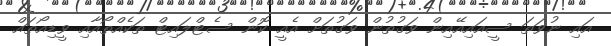
އައި ނުވަތަ ސީއައިއޭއިން ވަގުތުން ވަގުތަށް އެއީ ކޮން ސެޓްލައިޓް ތަކެއްތޯއާއި ވީޑިއޯތައް